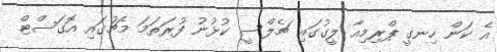
އެ ކަން ހިނގީ ޕްރިމިއާ ލީގުގައި ޗެލްސީ ކުޅުނު ފުރަތަމަ މެޗުގައި އޮގަސްޓް